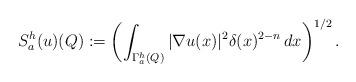
LaTeX: \begin{align*}S_{a}^{h}(u)(Q):=\left(\int_{\Gamma_{a}^{h}(Q)}|\nabla u(x)|^{2}\delta(x)^{2-n}\,dx\right)^{1/2}.\end{align*}